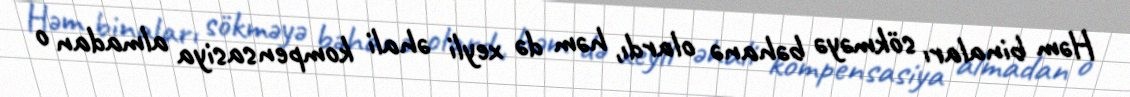
Həm binaları sökməyə bəhanə olardı, həm də xeyli əhali kompensasiya almadan o